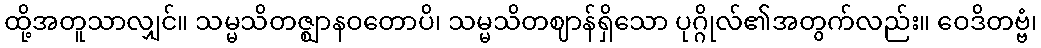
ထို့အတူသာလျှင်။ သမ္မသိတဇ္ဈာနဝတောပိ၊ သမ္မသိတဈာန်ရှိသော ပုဂ္ဂိုလ်၏အတွက်လည်း။ ဝေဒိတဗ္ဗံ၊